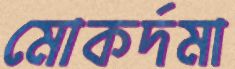
মোকর্দমা